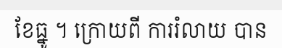
ខែធ្នូ ។ ក្រោយពី ការរំលាយ បាន